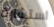
استشارة